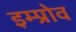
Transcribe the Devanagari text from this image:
इम्प्रोव